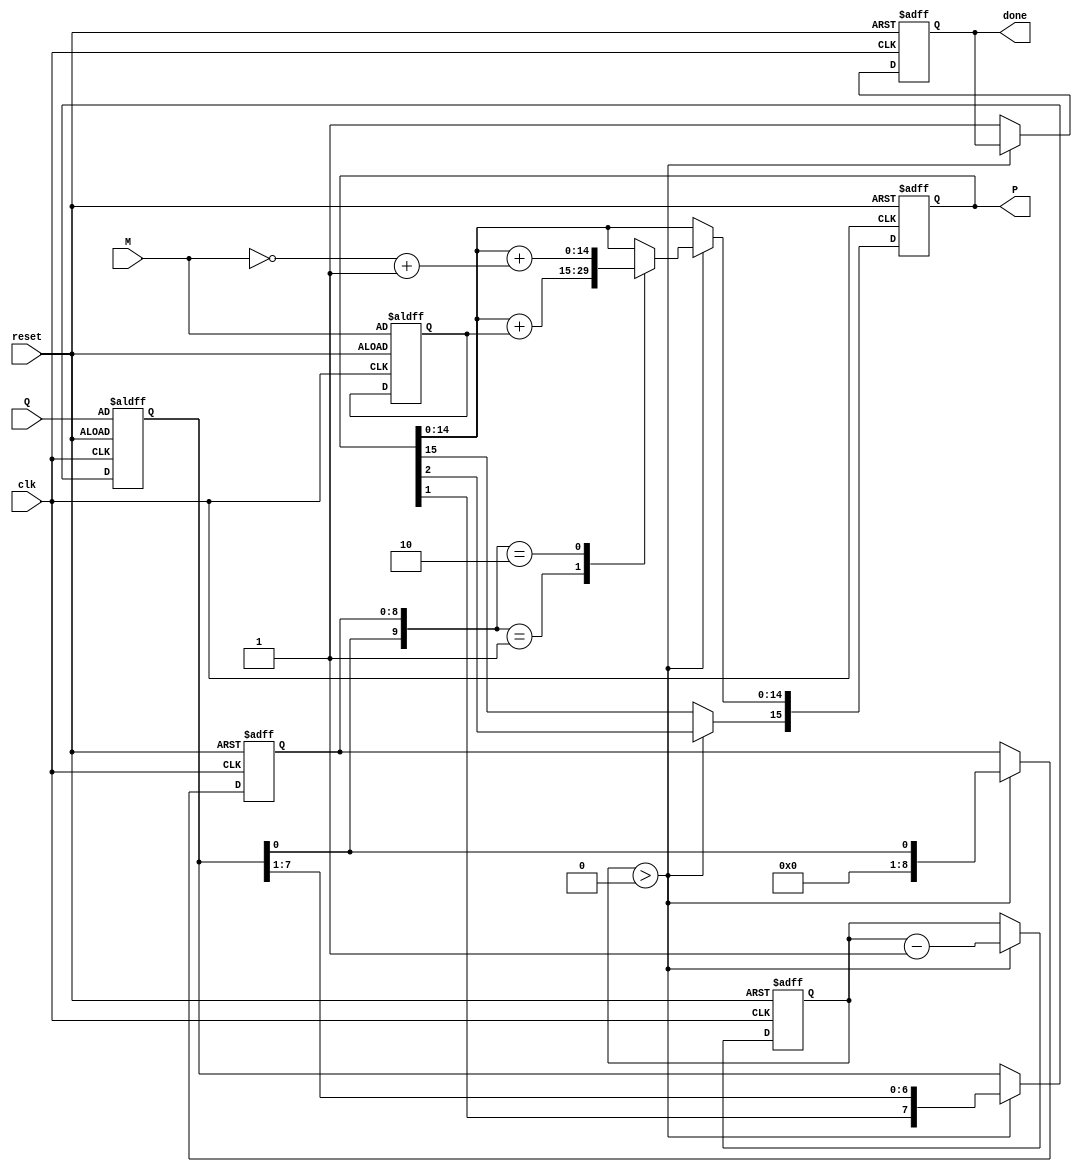
module booth_multiplier #(parameter WIDTH = 8) (
    input  wire [WIDTH-1:0] M,        // Multiplicand
    input  wire [WIDTH-1:0] Q,        // Multiplier
    input  wire               clk,      // Clock
    input  wire               reset,    // Reset
    output reg [2*WIDTH-1:0] P,        // Product
    output reg               done       // Completion flag
);

    reg [WIDTH-1:0] Q_reg;
    reg [WIDTH-1:0] M_reg;
    reg [WIDTH-1:0] Q_neg;             // Two's complement of M
    reg [WIDTH:0]   Q_minus1;          // Previous LSB
    reg [3:0]       count;             // Counter for iterations

    // Booth's algorithm requires the two's complement for negative multiplicand
    always @(*) begin
        Q_neg = ~M + 1'b1; // Two's complement of M
    end

    // Sequential logic to perform Booth multiplication
    always @(posedge clk or posedge reset) begin
        if (reset) begin
            P <= 0;
            Q_reg <= Q;
            M_reg <= M;
            Q_minus1 <= 1'b0; // Initialize Q(-1) to 0
            count <= WIDTH;    // Set count to the bit-width of the multiplier
            done <= 1'b0;      // Clear done flag
        end else if (count > 0) begin
            case ({Q_reg[0], Q_minus1}) // Check (Q, Q(-1))
                2'b01: P <= P + M_reg;   // Add M to P
                2'b10: P <= P + Q_neg;   // Subtract M (Add two's complement)
                default: ;               // Do nothing for (0,0) and (1,1)
            endcase
            
            // Arithmetic right shift
            {P[2*WIDTH-1], Q_reg} <= {P[2*WIDTH-1], P[2*WIDTH-1:1], Q_reg[WIDTH-1:1]};
            Q_minus1 <= Q_reg[0]; // Update Q(-1)
            count <= count - 1;    // Decrement count
        end else begin
            done <= 1'b1; // Set done flag when multiplication is complete
        end
    end

endmodule